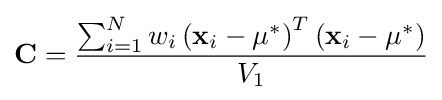
\mathbf {C} ={\frac {\sum _{i=1}^{N}w_{i}\left(\mathbf {x} _{i}-\mu ^{*}\right)^{T}\left(\mathbf {x} _{i}-\mu ^{*}\right)}{V_{1}}}